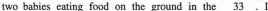
two babies eating food on the ground in the \underline{33}.I